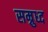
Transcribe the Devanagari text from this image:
सम्रुध्द